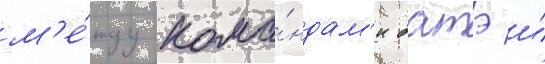
м'е́жду кома́ндам'и батэ и́